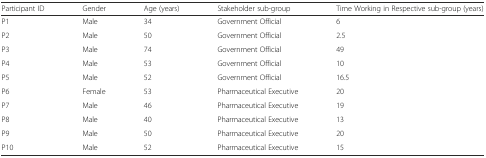
<table><thead><tr><td><b>Participant ID</b></td><td><b>Gender</b></td><td><b>Age (years)</b></td><td><b>Stakeholder sub-group</b></td><td><b>Time Working in Respective sub-group (years)</b></td></tr></thead><tbody><tr><td>P1</td><td>Male</td><td>34</td><td>Government Official</td><td>6</td></tr><tr><td>P2</td><td>Male</td><td>50</td><td>Government Official</td><td>2.5</td></tr><tr><td>P3</td><td>Male</td><td>74</td><td>Government Official</td><td>49</td></tr><tr><td>P4</td><td>Male</td><td>53</td><td>Government Official</td><td>10</td></tr><tr><td>P5</td><td>Male</td><td>52</td><td>Government Official</td><td>16.5</td></tr><tr><td>P6</td><td>Female</td><td>53</td><td>Pharmaceutical Executive</td><td>20</td></tr><tr><td>P7</td><td>Male</td><td>46</td><td>Pharmaceutical Executive</td><td>19</td></tr><tr><td>P8</td><td>Male</td><td>40</td><td>Pharmaceutical Executive</td><td>13</td></tr><tr><td>P9</td><td>Male</td><td>50</td><td>Pharmaceutical Executive</td><td>20</td></tr><tr><td>P10</td><td>Male</td><td>52</td><td>Pharmaceutical Executive</td><td>15</td></tr></tbody></table>